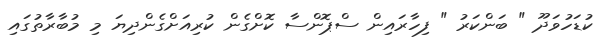
ކުޑަހުވަދޫ " ބަންކަރު " ފިހާރައިން ސްޕޮންސާ ކޮށްގެން ކުރިއަށްގެންދިޔަ މި މުބާރާތުގައި